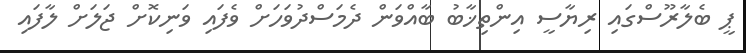
ޕީ ބެލާރޫސްގައި ރިޔާސީ އިންތިޚާބު ބާއްވަން ދެމަސްދުވަހަށް ވެފައި ވަނިކޮށް ޖަލަށް ލާފައި